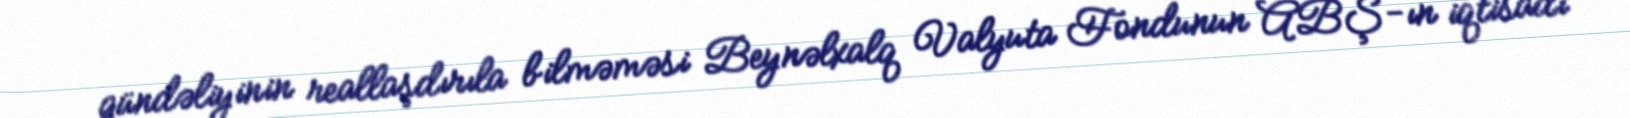
gündəliyinin reallaşdırıla bilməməsi Beynəlxalq Valyuta Fondunun ABŞ-ın iqtisadi